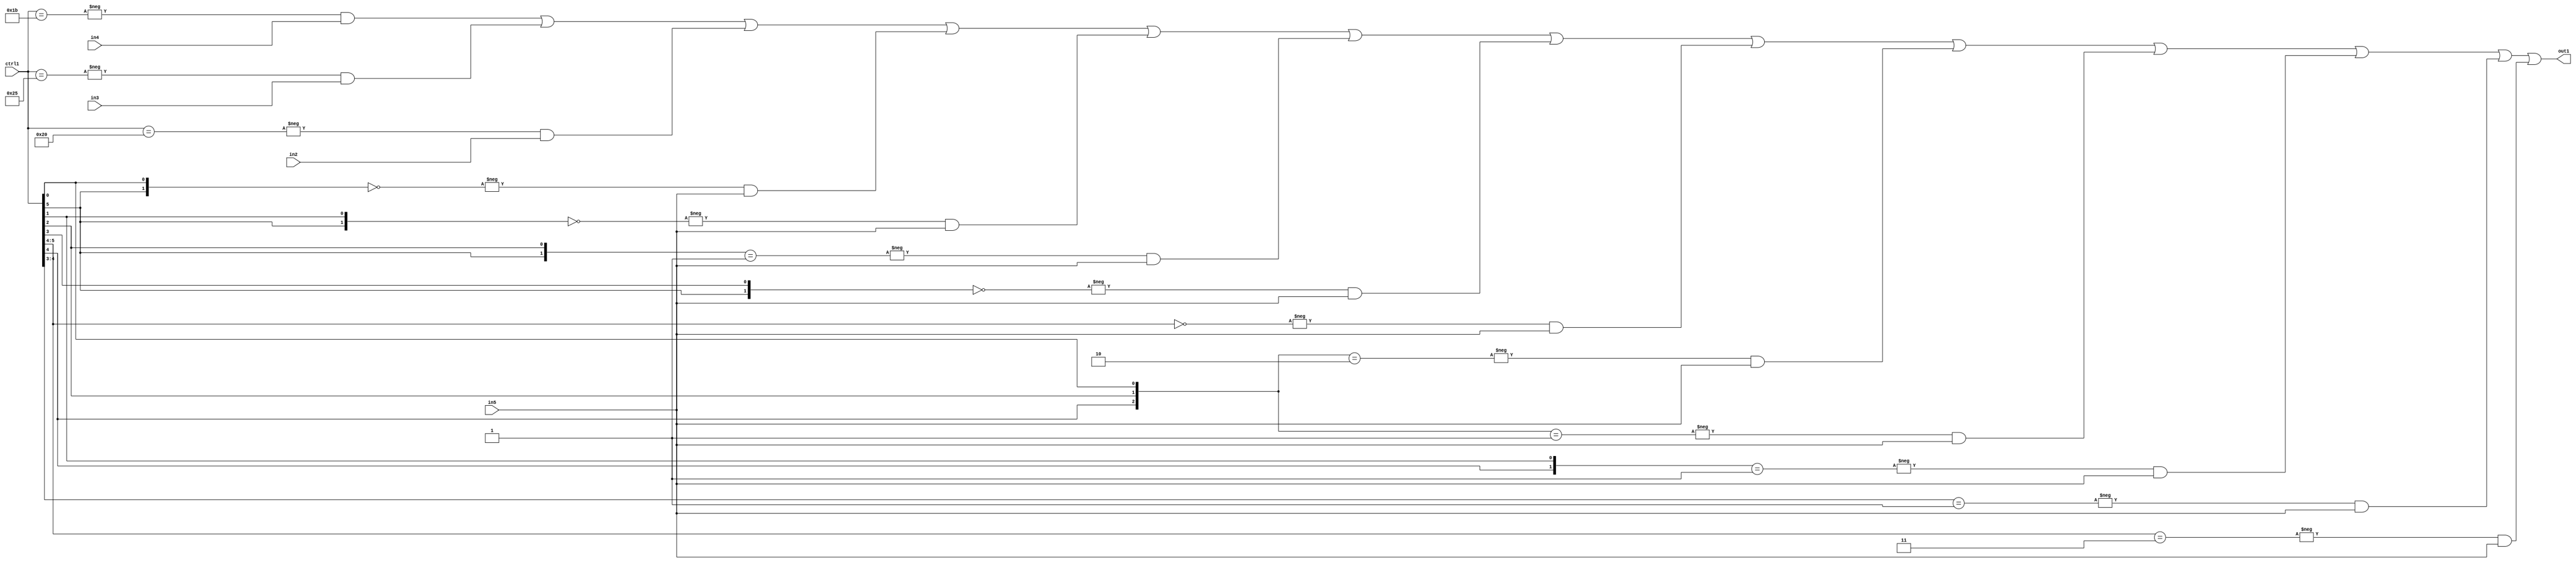
`timescale 1ps / 1ps
/*****************************************************************************
    Verilog RTL Description
    
    
    Created by: Stratus DpOpt 21.05.01 
*******************************************************************************/

module SobelFilter_N_Mux_32_4_59_4 (
	in5,
	in4,
	in3,
	in2,
	ctrl1,
	out1
	); /* architecture "behavioural" */ 
input [31:0] in5;
input [8:0] in4,
	in3,
	in2;
input [5:0] ctrl1;
output [31:0] out1;
wire [31:0] asc001;

assign asc001 = 
	-{ctrl1 == 6'B011011} & in4 |
	-{ctrl1 == 6'B100101} & in3 |
	-{ctrl1 == 6'B100000} & in2 |
	-{{ctrl1[5], ctrl1[0]} == 2'B00} & in5 |
	-{{ctrl1[5], ctrl1[1]} == 2'B00} & in5 |
	-{{ctrl1[5], ctrl1[2]} == 2'B01} & in5 |
	-{{ctrl1[5], ctrl1[3]} == 2'B00} & in5 |
	-{ctrl1[5:4] == 2'B00} & in5 |
	-{{ctrl1[4], ctrl1[2], ctrl1[0]} == 3'B010} & in5 |
	-{{ctrl1[4], ctrl1[2], ctrl1[0]} == 3'B001} & in5 |
	-{{ctrl1[4], ctrl1[1]} == 2'B01} & in5 |
	-{ctrl1[4:3] == 2'B01} & in5 |
	-{ctrl1[5:4] == 2'B11} & in5 ;

assign out1 = asc001;
endmodule

/* CADENCE  vLD2Sg0= : u9/ySxbfrwZIxEzHVQQV8Q== ** DO NOT EDIT THIS LINE ******/